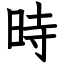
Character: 時